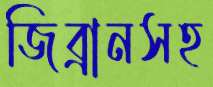
জিব্রানসহ